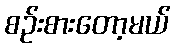
စဉ်းစားတော့မယ်